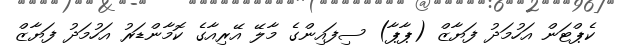
ކެޕްޓަން އަހުމަދު ފަޔާޒް (ޕާޕާ) ސިފައިންގެ މާލޭ އޭރިއާގެ ކޮމާންޑަރު އަހުމަދު ފަޔާޒް